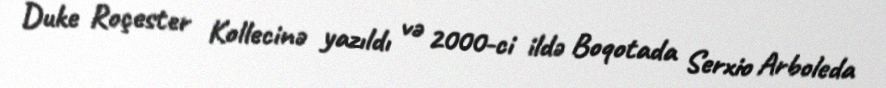
Duke Roçester Kollecinə yazıldı və 2000-ci ildə Boqotada Serxio Arboleda